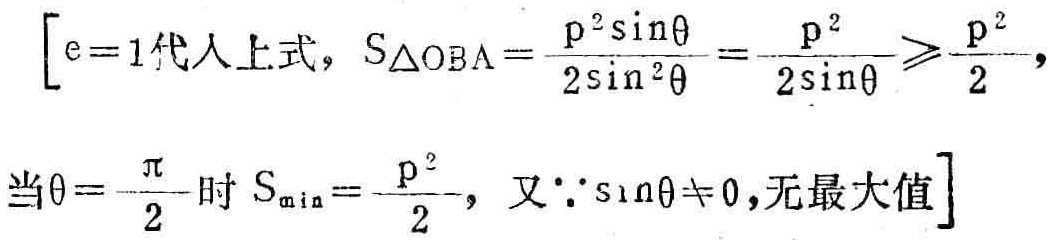
\[

\left[

e = 1\text{代入上式}, S_{\triangle OBA}=\frac{p^{2}\sin\theta}{2\sin^{2}\theta}=\frac{p^{2}}{2\sin\theta}\geqslant\frac{p^{2}}{2},\\

\text{当}\theta = \frac{\pi}{2}\text{时}S_{\min}=\frac{p^{2}}{2},\text{又}\because\sin\theta\neq0,\text{无最大值}

\right]

\]